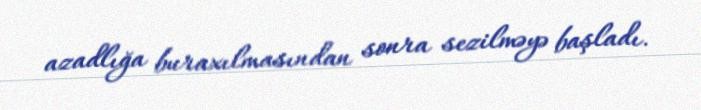
azadlığa buraxılmasından sonra sezilməyə başladı.